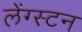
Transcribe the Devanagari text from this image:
लेंग्स्टन